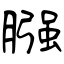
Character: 膙